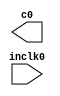
// megafunction wizard: %ALTPLL%VBB%
// GENERATION: STANDARD
// VERSION: WM1.0
// MODULE: altpll 

// ============================================================
// Megafunction Name(s):
// 			altpll
//
// Simulation Library Files(s):
// 			altera_mf
// ============================================================
// ************************************************************
// THIS IS A WIZARD-GENERATED FILE. DO NOT EDIT THIS FILE!
//
// 21.1.0 Build 842 10/21/2021 SJ Lite Edition
// ************************************************************

//Copyright (C) 2021  Intel Corporation. All rights reserved.
//Your use of Intel Corporation's design tools, logic functions 
//and other software and tools, and any partner logic 
//functions, and any output files from any of the foregoing 
//(including device programming or simulation files), and any 
//associated documentation or information are expressly subject 
//to the terms and conditions of the Intel Program License 
//Subscription Agreement, the Intel Quartus Prime License Agreement,
//the Intel FPGA IP License Agreement, or other applicable license
//agreement, including, without limitation, that your use is for
//the sole purpose of programming logic devices manufactured by
//Intel and sold by Intel or its authorized distributors.  Please
//refer to the applicable agreement for further details, at
//https://fpgasoftware.intel.com/eula.

module pll (
	inclk0,
	c0);

	input	  inclk0;
	output	  c0;

endmodule

// ============================================================
// CNX file retrieval info
// ============================================================
// Retrieval info: PRIVATE: ACTIVECLK_CHECK STRING "0"
// Retrieval info: PRIVATE: BANDWIDTH STRING "1.000"
// Retrieval info: PRIVATE: BANDWIDTH_FEATURE_ENABLED STRING "1"
// Retrieval info: PRIVATE: BANDWIDTH_FREQ_UNIT STRING "MHz"
// Retrieval info: PRIVATE: BANDWIDTH_PRESET STRING "Low"
// Retrieval info: PRIVATE: BANDWIDTH_USE_AUTO STRING "1"
// Retrieval info: PRIVATE: BANDWIDTH_USE_PRESET STRING "0"
// Retrieval info: PRIVATE: CLKBAD_SWITCHOVER_CHECK STRING "0"
// Retrieval info: PRIVATE: CLKLOSS_CHECK STRING "0"
// Retrieval info: PRIVATE: CLKSWITCH_CHECK STRING "0"
// Retrieval info: PRIVATE: CNX_NO_COMPENSATE_RADIO STRING "0"
// Retrieval info: PRIVATE: CREATE_CLKBAD_CHECK STRING "0"
// Retrieval info: PRIVATE: CREATE_INCLK1_CHECK STRING "0"
// Retrieval info: PRIVATE: CUR_DEDICATED_CLK STRING "c0"
// Retrieval info: PRIVATE: CUR_FBIN_CLK STRING "c0"
// Retrieval info: PRIVATE: DEVICE_SPEED_GRADE STRING "Any"
// Retrieval info: PRIVATE: DIV_FACTOR0 NUMERIC "1"
// Retrieval info: PRIVATE: DUTY_CYCLE0 STRING "50.00000000"
// Retrieval info: PRIVATE: EFF_OUTPUT_FREQ_VALUE0 STRING "25.000000"
// Retrieval info: PRIVATE: EXPLICIT_SWITCHOVER_COUNTER STRING "0"
// Retrieval info: PRIVATE: EXT_FEEDBACK_RADIO STRING "0"
// Retrieval info: PRIVATE: GLOCKED_COUNTER_EDIT_CHANGED STRING "1"
// Retrieval info: PRIVATE: GLOCKED_FEATURE_ENABLED STRING "0"
// Retrieval info: PRIVATE: GLOCKED_MODE_CHECK STRING "0"
// Retrieval info: PRIVATE: GLOCK_COUNTER_EDIT NUMERIC "1048575"
// Retrieval info: PRIVATE: HAS_MANUAL_SWITCHOVER STRING "1"
// Retrieval info: PRIVATE: INCLK0_FREQ_EDIT STRING "50.000"
// Retrieval info: PRIVATE: INCLK0_FREQ_UNIT_COMBO STRING "MHz"
// Retrieval info: PRIVATE: INCLK1_FREQ_EDIT STRING "100.000"
// Retrieval info: PRIVATE: INCLK1_FREQ_EDIT_CHANGED STRING "1"
// Retrieval info: PRIVATE: INCLK1_FREQ_UNIT_CHANGED STRING "1"
// Retrieval info: PRIVATE: INCLK1_FREQ_UNIT_COMBO STRING "MHz"
// Retrieval info: PRIVATE: INTENDED_DEVICE_FAMILY STRING "MAX 10"
// Retrieval info: PRIVATE: INT_FEEDBACK__MODE_RADIO STRING "1"
// Retrieval info: PRIVATE: LOCKED_OUTPUT_CHECK STRING "0"
// Retrieval info: PRIVATE: LONG_SCAN_RADIO STRING "1"
// Retrieval info: PRIVATE: LVDS_MODE_DATA_RATE STRING "Not Available"
// Retrieval info: PRIVATE: LVDS_MODE_DATA_RATE_DIRTY NUMERIC "0"
// Retrieval info: PRIVATE: LVDS_PHASE_SHIFT_UNIT0 STRING "deg"
// Retrieval info: PRIVATE: MIG_DEVICE_SPEED_GRADE STRING "Any"
// Retrieval info: PRIVATE: MIRROR_CLK0 STRING "0"
// Retrieval info: PRIVATE: MULT_FACTOR0 NUMERIC "1"
// Retrieval info: PRIVATE: NORMAL_MODE_RADIO STRING "1"
// Retrieval info: PRIVATE: OUTPUT_FREQ0 STRING "25.00000000"
// Retrieval info: PRIVATE: OUTPUT_FREQ_MODE0 STRING "1"
// Retrieval info: PRIVATE: OUTPUT_FREQ_UNIT0 STRING "MHz"
// Retrieval info: PRIVATE: PHASE_RECONFIG_FEATURE_ENABLED STRING "1"
// Retrieval info: PRIVATE: PHASE_RECONFIG_INPUTS_CHECK STRING "0"
// Retrieval info: PRIVATE: PHASE_SHIFT0 STRING "0.00000000"
// Retrieval info: PRIVATE: PHASE_SHIFT_STEP_ENABLED_CHECK STRING "0"
// Retrieval info: PRIVATE: PHASE_SHIFT_UNIT0 STRING "deg"
// Retrieval info: PRIVATE: PLL_ADVANCED_PARAM_CHECK STRING "0"
// Retrieval info: PRIVATE: PLL_ARESET_CHECK STRING "0"
// Retrieval info: PRIVATE: PLL_AUTOPLL_CHECK NUMERIC "1"
// Retrieval info: PRIVATE: PLL_ENHPLL_CHECK NUMERIC "0"
// Retrieval info: PRIVATE: PLL_FASTPLL_CHECK NUMERIC "0"
// Retrieval info: PRIVATE: PLL_FBMIMIC_CHECK STRING "0"
// Retrieval info: PRIVATE: PLL_LVDS_PLL_CHECK NUMERIC "0"
// Retrieval info: PRIVATE: PLL_PFDENA_CHECK STRING "0"
// Retrieval info: PRIVATE: PLL_TARGET_HARCOPY_CHECK NUMERIC "0"
// Retrieval info: PRIVATE: PRIMARY_CLK_COMBO STRING "inclk0"
// Retrieval info: PRIVATE: RECONFIG_FILE STRING "pll.mif"
// Retrieval info: PRIVATE: SACN_INPUTS_CHECK STRING "0"
// Retrieval info: PRIVATE: SCAN_FEATURE_ENABLED STRING "1"
// Retrieval info: PRIVATE: SELF_RESET_LOCK_LOSS STRING "0"
// Retrieval info: PRIVATE: SHORT_SCAN_RADIO STRING "0"
// Retrieval info: PRIVATE: SPREAD_FEATURE_ENABLED STRING "0"
// Retrieval info: PRIVATE: SPREAD_FREQ STRING "50.000"
// Retrieval info: PRIVATE: SPREAD_FREQ_UNIT STRING "KHz"
// Retrieval info: PRIVATE: SPREAD_PERCENT STRING "0.500"
// Retrieval info: PRIVATE: SPREAD_USE STRING "0"
// Retrieval info: PRIVATE: SRC_SYNCH_COMP_RADIO STRING "0"
// Retrieval info: PRIVATE: STICKY_CLK0 STRING "1"
// Retrieval info: PRIVATE: STICKY_CLK1 STRING "0"
// Retrieval info: PRIVATE: STICKY_CLK2 STRING "0"
// Retrieval info: PRIVATE: STICKY_CLK3 STRING "0"
// Retrieval info: PRIVATE: STICKY_CLK4 STRING "0"
// Retrieval info: PRIVATE: SWITCHOVER_COUNT_EDIT NUMERIC "1"
// Retrieval info: PRIVATE: SWITCHOVER_FEATURE_ENABLED STRING "1"
// Retrieval info: PRIVATE: SYNTH_WRAPPER_GEN_POSTFIX STRING "0"
// Retrieval info: PRIVATE: USE_CLK0 STRING "1"
// Retrieval info: PRIVATE: USE_CLKENA0 STRING "0"
// Retrieval info: PRIVATE: USE_MIL_SPEED_GRADE NUMERIC "0"
// Retrieval info: PRIVATE: ZERO_DELAY_RADIO STRING "0"
// Retrieval info: LIBRARY: altera_mf altera_mf.altera_mf_components.all
// Retrieval info: CONSTANT: BANDWIDTH_TYPE STRING "AUTO"
// Retrieval info: CONSTANT: CLK0_DIVIDE_BY NUMERIC "2"
// Retrieval info: CONSTANT: CLK0_DUTY_CYCLE NUMERIC "50"
// Retrieval info: CONSTANT: CLK0_MULTIPLY_BY NUMERIC "1"
// Retrieval info: CONSTANT: CLK0_PHASE_SHIFT STRING "0"
// Retrieval info: CONSTANT: COMPENSATE_CLOCK STRING "CLK0"
// Retrieval info: CONSTANT: INCLK0_INPUT_FREQUENCY NUMERIC "20000"
// Retrieval info: CONSTANT: INTENDED_DEVICE_FAMILY STRING "MAX 10"
// Retrieval info: CONSTANT: LPM_TYPE STRING "altpll"
// Retrieval info: CONSTANT: OPERATION_MODE STRING "NORMAL"
// Retrieval info: CONSTANT: PLL_TYPE STRING "AUTO"
// Retrieval info: CONSTANT: PORT_ACTIVECLOCK STRING "PORT_UNUSED"
// Retrieval info: CONSTANT: PORT_ARESET STRING "PORT_UNUSED"
// Retrieval info: CONSTANT: PORT_CLKBAD0 STRING "PORT_UNUSED"
// Retrieval info: CONSTANT: PORT_CLKBAD1 STRING "PORT_UNUSED"
// Retrieval info: CONSTANT: PORT_CLKLOSS STRING "PORT_UNUSED"
// Retrieval info: CONSTANT: PORT_CLKSWITCH STRING "PORT_UNUSED"
// Retrieval info: CONSTANT: PORT_CONFIGUPDATE STRING "PORT_UNUSED"
// Retrieval info: CONSTANT: PORT_FBIN STRING "PORT_UNUSED"
// Retrieval info: CONSTANT: PORT_INCLK0 STRING "PORT_USED"
// Retrieval info: CONSTANT: PORT_INCLK1 STRING "PORT_UNUSED"
// Retrieval info: CONSTANT: PORT_LOCKED STRING "PORT_UNUSED"
// Retrieval info: CONSTANT: PORT_PFDENA STRING "PORT_UNUSED"
// Retrieval info: CONSTANT: PORT_PHASECOUNTERSELECT STRING "PORT_UNUSED"
// Retrieval info: CONSTANT: PORT_PHASEDONE STRING "PORT_UNUSED"
// Retrieval info: CONSTANT: PORT_PHASESTEP STRING "PORT_UNUSED"
// Retrieval info: CONSTANT: PORT_PHASEUPDOWN STRING "PORT_UNUSED"
// Retrieval info: CONSTANT: PORT_PLLENA STRING "PORT_UNUSED"
// Retrieval info: CONSTANT: PORT_SCANACLR STRING "PORT_UNUSED"
// Retrieval info: CONSTANT: PORT_SCANCLK STRING "PORT_UNUSED"
// Retrieval info: CONSTANT: PORT_SCANCLKENA STRING "PORT_UNUSED"
// Retrieval info: CONSTANT: PORT_SCANDATA STRING "PORT_UNUSED"
// Retrieval info: CONSTANT: PORT_SCANDATAOUT STRING "PORT_UNUSED"
// Retrieval info: CONSTANT: PORT_SCANDONE STRING "PORT_UNUSED"
// Retrieval info: CONSTANT: PORT_SCANREAD STRING "PORT_UNUSED"
// Retrieval info: CONSTANT: PORT_SCANWRITE STRING "PORT_UNUSED"
// Retrieval info: CONSTANT: PORT_clk0 STRING "PORT_USED"
// Retrieval info: CONSTANT: PORT_clk1 STRING "PORT_UNUSED"
// Retrieval info: CONSTANT: PORT_clk2 STRING "PORT_UNUSED"
// Retrieval info: CONSTANT: PORT_clk3 STRING "PORT_UNUSED"
// Retrieval info: CONSTANT: PORT_clk4 STRING "PORT_UNUSED"
// Retrieval info: CONSTANT: PORT_clk5 STRING "PORT_UNUSED"
// Retrieval info: CONSTANT: PORT_clkena0 STRING "PORT_UNUSED"
// Retrieval info: CONSTANT: PORT_clkena1 STRING "PORT_UNUSED"
// Retrieval info: CONSTANT: PORT_clkena2 STRING "PORT_UNUSED"
// Retrieval info: CONSTANT: PORT_clkena3 STRING "PORT_UNUSED"
// Retrieval info: CONSTANT: PORT_clkena4 STRING "PORT_UNUSED"
// Retrieval info: CONSTANT: PORT_clkena5 STRING "PORT_UNUSED"
// Retrieval info: CONSTANT: PORT_extclk0 STRING "PORT_UNUSED"
// Retrieval info: CONSTANT: PORT_extclk1 STRING "PORT_UNUSED"
// Retrieval info: CONSTANT: PORT_extclk2 STRING "PORT_UNUSED"
// Retrieval info: CONSTANT: PORT_extclk3 STRING "PORT_UNUSED"
// Retrieval info: CONSTANT: WIDTH_CLOCK NUMERIC "5"
// Retrieval info: USED_PORT: @clk 0 0 5 0 OUTPUT_CLK_EXT VCC "@clk[4..0]"
// Retrieval info: USED_PORT: c0 0 0 0 0 OUTPUT_CLK_EXT VCC "c0"
// Retrieval info: USED_PORT: inclk0 0 0 0 0 INPUT_CLK_EXT GND "inclk0"
// Retrieval info: CONNECT: @inclk 0 0 1 1 GND 0 0 0 0
// Retrieval info: CONNECT: @inclk 0 0 1 0 inclk0 0 0 0 0
// Retrieval info: CONNECT: c0 0 0 0 0 @clk 0 0 1 0
// Retrieval info: GEN_FILE: TYPE_NORMAL pll.v TRUE
// Retrieval info: GEN_FILE: TYPE_NORMAL pll.ppf TRUE
// Retrieval info: GEN_FILE: TYPE_NORMAL pll.inc FALSE
// Retrieval info: GEN_FILE: TYPE_NORMAL pll.cmp FALSE
// Retrieval info: GEN_FILE: TYPE_NORMAL pll.bsf FALSE
// Retrieval info: GEN_FILE: TYPE_NORMAL pll_inst.v FALSE
// Retrieval info: GEN_FILE: TYPE_NORMAL pll_bb.v TRUE
// Retrieval info: LIB_FILE: altera_mf
// Retrieval info: CBX_MODULE_PREFIX: ON